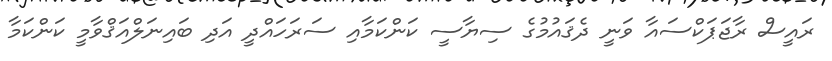
ރައީސް ރާޖަޕަކްސައާ ވަނީ ދެޤައުމުގެ ސިޔާސީ ކަންކަމާއި ސަރަހައްދީ އަދި ބައިނަލްއަޤްވާމީ ކަންކަމާ